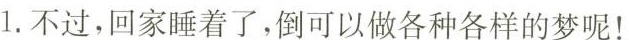
1.不过，回家睡着了，倒可以做各种各样的梦呢！